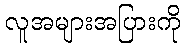
လူအများအပြားကို